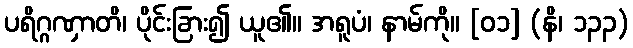
ပရိဂ္ဂဏှာတိ၊ ပိုင်းခြား၍ ယူ၏။ အရူပံ၊ နာမ်ကို။ [၀၁] (နိ၊ ၁၃၃)